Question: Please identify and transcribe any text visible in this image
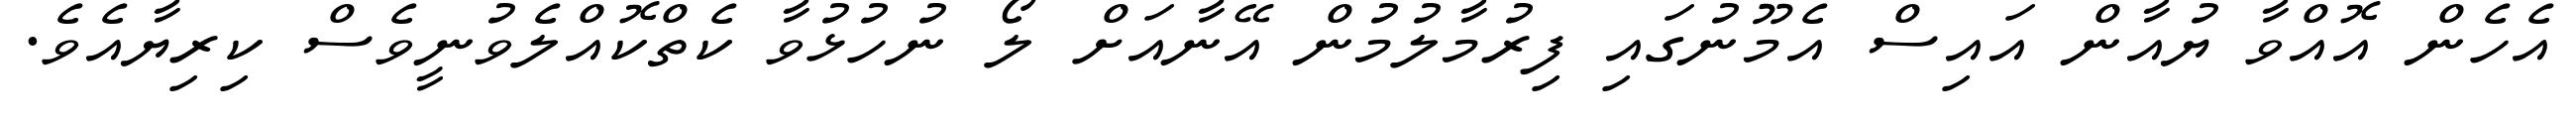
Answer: އެހެން އޮއްވާ ޔުއާން އައިސް އެމޫނުގައި ފިރުމާލުމުން އޭނާއަށް ލޯ ނުހުޅުވާ ކެތްކޮއްލެވުނީވެސް ކިރިޔާއެވެ.